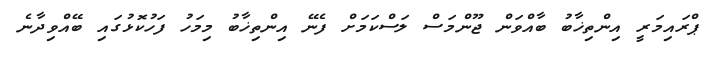
ޕްރައިމަރީ އިންތިޚާބު ބާއްވަން ޖޫންމަސް ލަސްކަމަށް ފެނޭ އިންތިޚާބު މިމަހު ފަހުކޮޅުގައި ބޭއްވިދާނެ